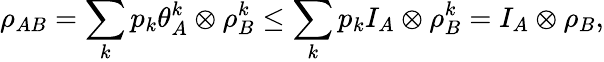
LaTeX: \rho_{AB}=\sum_{k}p_{k}\theta_{A}^{k}\otimes\rho_{B}^{k}\leq\sum_{k}p_{k}I_{A}\otimes\rho_{B}^{k}=I_{A}\otimes\rho_{B},